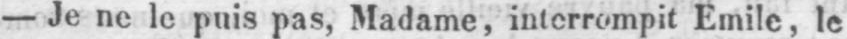
- Je ne le puis pas, Madame, interrompit Emile, le